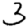
Digit: 3